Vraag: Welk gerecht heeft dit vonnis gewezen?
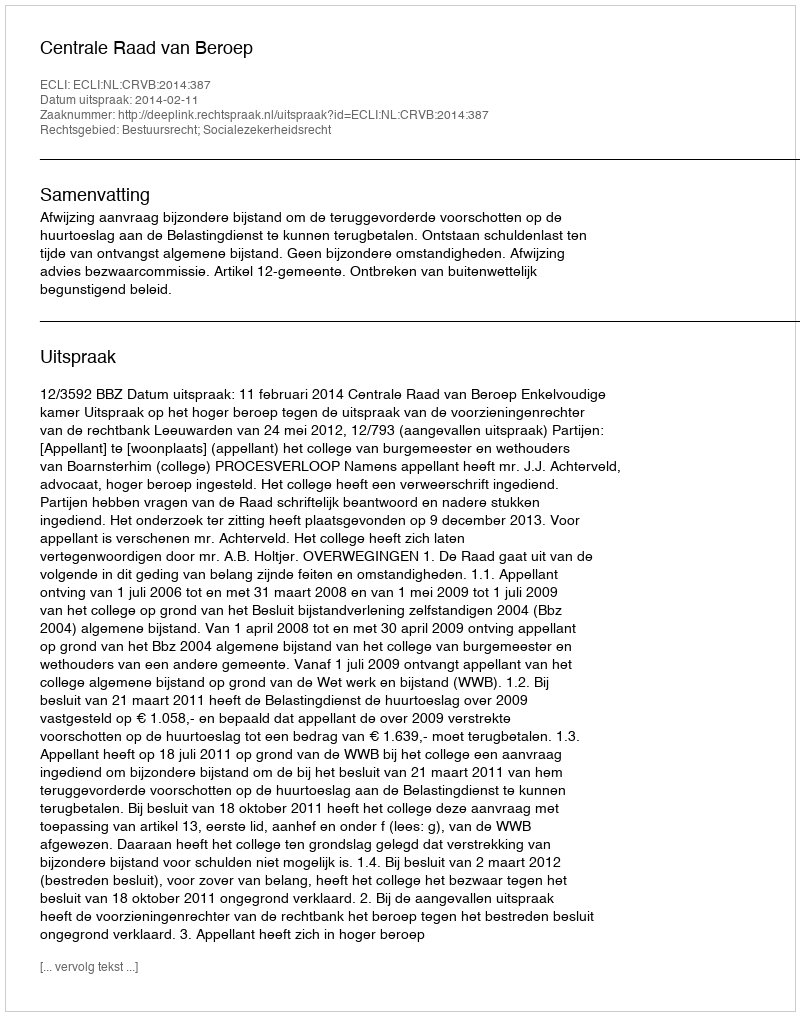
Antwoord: Centrale Raad van Beroep